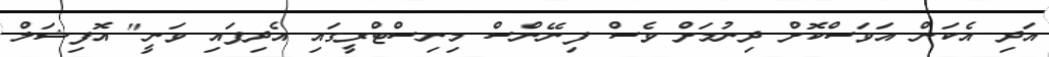
އަދި އެކަން އަވަސްކޮށް ދިނުމަށް ވެސް ފިނޭންސް މިނިސްޓްރީގައި އެދިފައި ވަނީ" އޮފިޝަލް